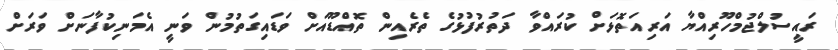
ރައީސުލްޖުމްހޫރިއްޔާ އަރިއަތޮޅަށް ކުރައްވާ ދަތުރުފުޅުގެ ތެރެއިން ތޮއްޑޫއަށް ވަޑައިގަތުމުން ވަނީ އެމަނިކުފާނަށް ވަރަށް